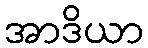
အာဒိယာ